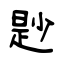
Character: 尟